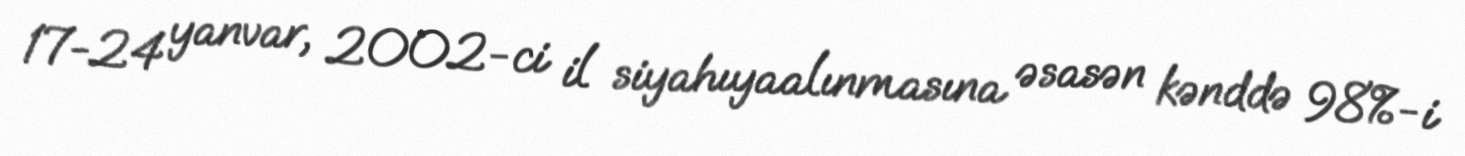
17-24 yanvar, 2002-ci il siyahıyaalınmasına əsasən kənddə 98%-i